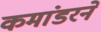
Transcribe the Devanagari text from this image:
कमांडरने